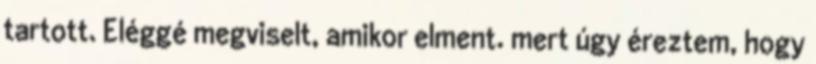
tartott. Eléggé megviselt, amikor elment. mert úgy éreztem, hogy